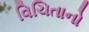
વિચિતાનો